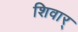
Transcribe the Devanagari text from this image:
शिवार्